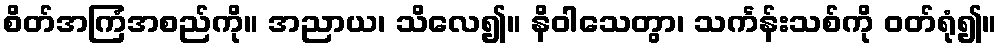
စိတ်အကြံအစည်ကို။ အညာယ၊ သိလေ၍။ နိဝါသေတွာ၊ သင်္ကန်းသစ်ကို ဝတ်ရုံ၍။